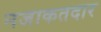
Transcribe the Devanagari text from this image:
नजाकतदार